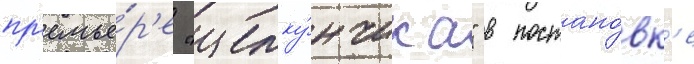
пр'емье́р'е "щелку́нчика" в постано́вк'е